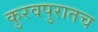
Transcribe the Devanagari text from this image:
कुरवपुरातच